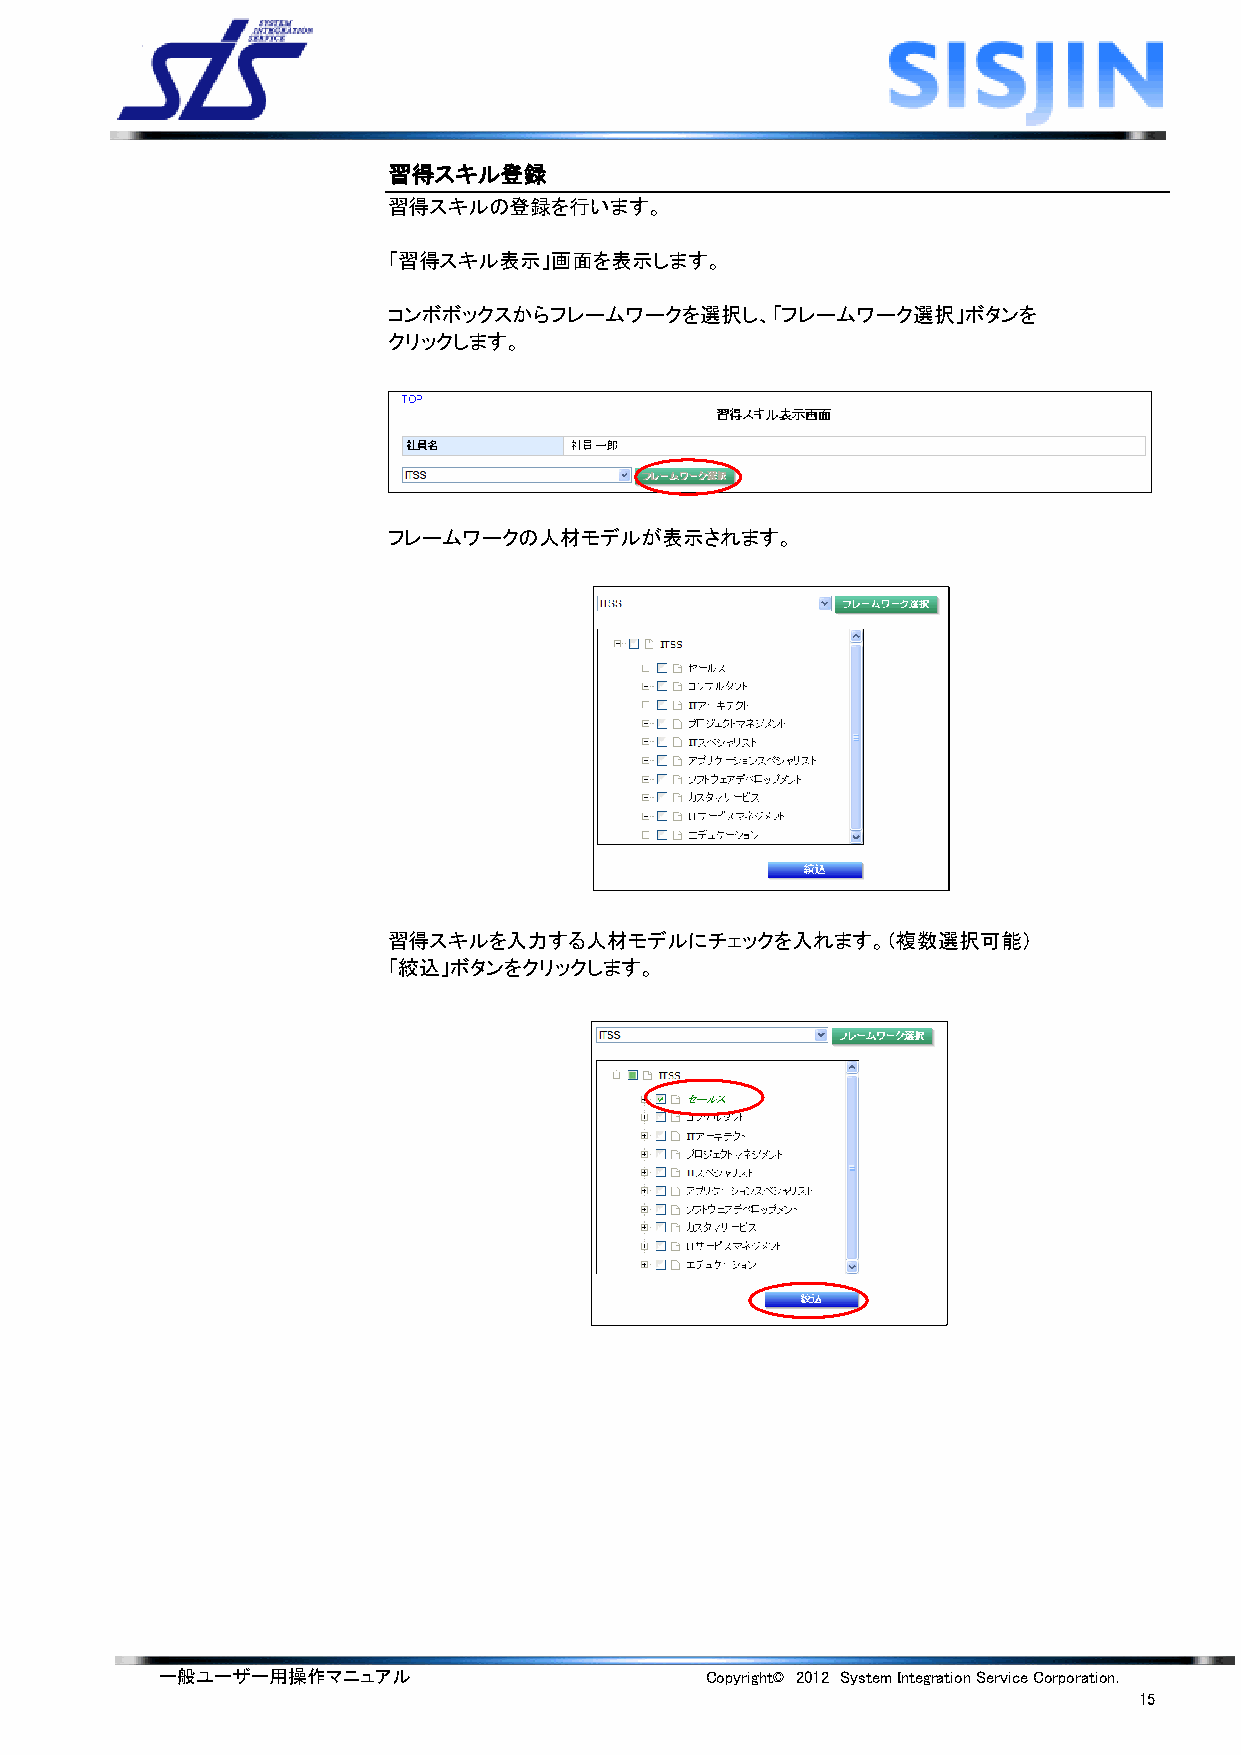
習得スキル登録
 習得スキルの登録を行います。
 「習得スキル表示」画面を表示します。
 コンボボックスからフレームワークを選択し、「フレームワーク選択」ボタンを
 クリックします。
 フレームワークの人材モデルが表示されます。
 習得スキルを入力する人材モデルにチェックを入れます。（複数選択可能）
 「絞込」ボタンをクリックします。
 一般ユーザー用操作マニュアル                      Copyright© 2012 System Integration Service Corporation.
 15